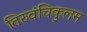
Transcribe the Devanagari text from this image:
तिरुवंचिकुलम